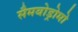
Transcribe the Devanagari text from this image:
सैमबोड्रोमो